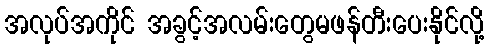
အလုပ်အကိုင် အခွင့်အလမ်းတွေမဖန်တီးပေးနိုင်လို့